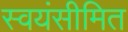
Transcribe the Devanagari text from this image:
स्वयंसीमित